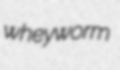
wheyworm